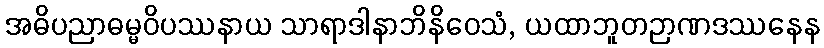
အဓိပညာဓမ္မဝိပဿနာယ သာရာဒါနာဘိနိဝေသံ, ယထာဘူတဉာဏဒဿနေန